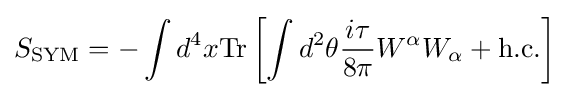
S_{\text{SYM}}=-\int d^{4}x{\text{Tr}}\left[\int d^{2}\theta {\frac {i\tau }{8\pi }}W^{\alpha }W_{\alpha }+{\text{h.c.}}\right]